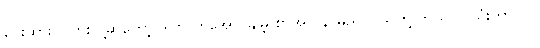
ပေးထားပါလားလို့ဆိုတော့ ဒါက ကိုအောင်ချိမ့် စာအုပ် နာမည်ပဲ၊ သူတို့ ဘယ်လို သုံးတာလဲ ၊